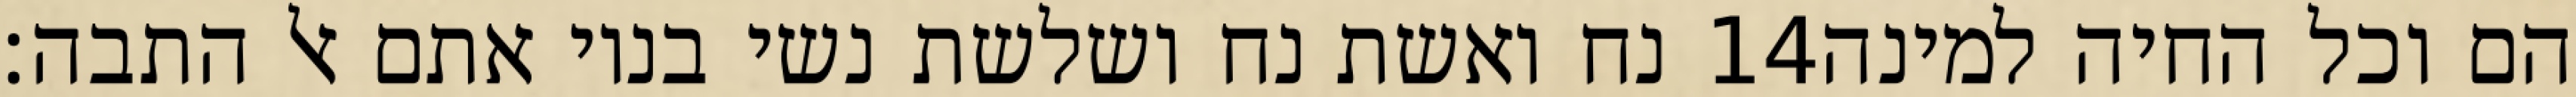
נח ואשת נח ושלשת נשי בניו אתם אל התבה׃ ‎14‏ הם וכל החיה למינה